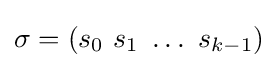
\sigma =(s_{0}~s_{1}~\dots ~s_{k-1})